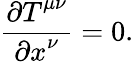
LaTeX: \frac{{\partial T}^{\mu\nu}}{{\partial x}^{\nu}}=0.